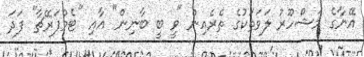
އޭނާގެ މަޝްހޫރު ލަވަތަކުގެ ތެރެއިން "ވީ ބީ ބާނިން" އާއި "ޓެމްޕަރޭޗާ" ފަދަ